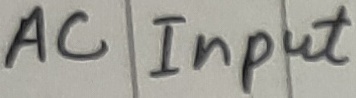
Text: AC Input